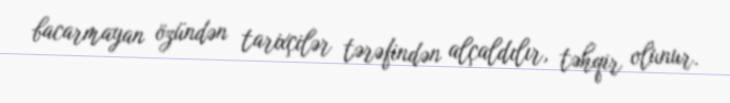
bacarmayan özündən tarixçilər tərəfindən alçaldılır, təhqir olunur.